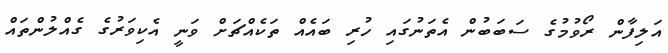
އަލިފާން ރޯވުމުގެ ސަބަބުން އެތަނުގައި ހުރި ބައެއް ތަކެއްޗަށް ވަނީ އެކިވަރުގެ ގެއްލުންތައް